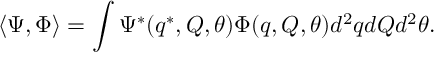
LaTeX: \langle \Psi , \Phi \rangle = \int \Psi ^ { * } ( q ^ { * } , Q , \theta ) \Phi ( q , Q , \theta ) d ^ { 2 } q d Q d ^ { 2 } \theta .